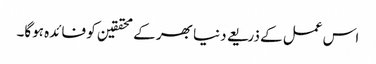
اس عمل کے ذریعے دنیا بھر کے محققین کو فائدہ ہوگا۔